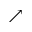
\nearrow